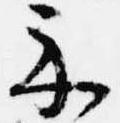
示